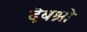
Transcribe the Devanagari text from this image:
देबश्री